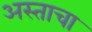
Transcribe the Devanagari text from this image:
अस्ताचा